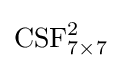
{\text{CSF}}_{7\times 7}^{2}